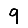
Digit: 9